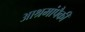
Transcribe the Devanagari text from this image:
आश्रमांपैकी